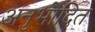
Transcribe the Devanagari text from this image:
अनुभोदित